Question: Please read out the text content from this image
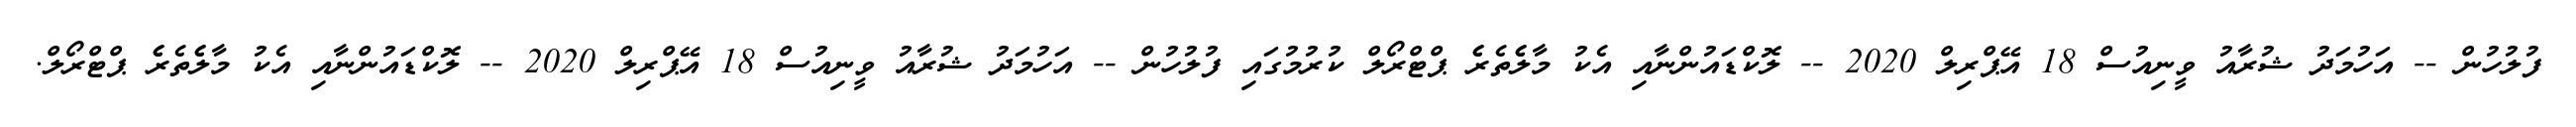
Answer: ފުލުހުން -- އަހުމަދު ޝުރާއު ވީނިއުސް 18 އޭޕްރިލް 2020 -- ލޮކްޑައުންނާއި އެކު މާލެެތެރެެ ޕްޓްރޯލް ކުރުމުގައި ފުލުހުން -- އަހުމަދު ޝުރާއު ވީނިއުސް 18 އޭޕްރިލް 2020 -- ލޮކްޑައުންނާއި އެކު މާލެެތެރެެ ޕްޓްރޯލް.